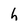
Character: h